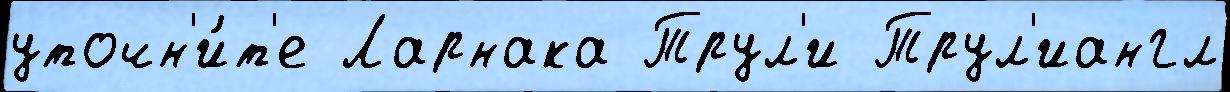
уточн'и́т'е Ларнака Трул'и Трул'иангл